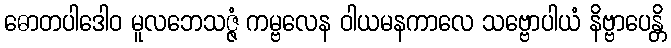
ဓောတပါဒေါဝ မူလဘေသဇ္ဇံ ကမ္ဗလေန ဝါယမနကာလေ သဗ္ဗောပါယံ နိဗ္ဗာပေန္တိ